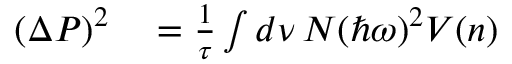
\begin{array} { r l } { ( \Delta P ) ^ { 2 } } & { { } = \frac { 1 } { \tau } \int d \nu \, N ( \hbar \omega ) ^ { 2 } V ( n ) } \end{array}